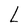
Character: L